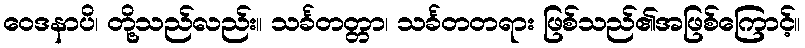
ဝေဒနာပိ၊ တို့သည်လည်း။ သင်္ခတတ္တာ၊ သင်္ခတတရား ဖြစ်သည်၏အဖြစ်ကြောင့်။